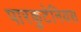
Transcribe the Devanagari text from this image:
पारकुटेनियस